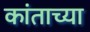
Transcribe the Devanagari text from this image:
कांताच्या